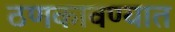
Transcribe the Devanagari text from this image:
ठणकावण्यात